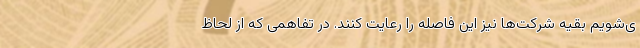
ی‌شویم بقیه شرکت‌ها نیز این فاصله را رعایت کنند. در تفاهمی که از لحاظ